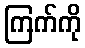
ကြက်ကို